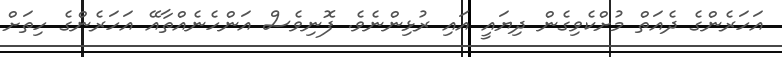
އަހަރެންގެ ދެއަތް މުށްކެވިގެން ދިޔައީ އައި ރުޅިންނެވެ. ފޮނިވެސް އަންހެނެއްތާއޭ އަހަރެންގެ ހިތަށް